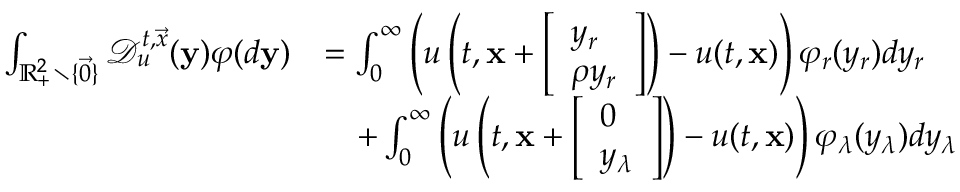
\begin{array} { r l } { \int _ { { \mathbb R } _ { + } ^ { 2 } \setminus \{ \vec { 0 } \} } \mathcal { D } _ { u } ^ { t , \vec { x } } ( \mathbf { y } ) \varphi ( d \mathbf { y } ) } & { = \int _ { 0 } ^ { \infty } \left( u \left( t , \mathbf { x } + \left[ \begin{array} { l } { y _ { r } } \\ { \rho y _ { r } } \end{array} \right] \right) - u ( t , \mathbf { x } ) \right) \varphi _ { r } ( y _ { r } ) d y _ { r } } \\ & { \ \ \ + \int _ { 0 } ^ { \infty } \left( u \left( t , \mathbf { x } + \left[ \begin{array} { l } { 0 } \\ { y _ { \lambda } } \end{array} \right] \right) - u ( t , \mathbf { x } ) \right) \varphi _ { \lambda } ( y _ { \lambda } ) d y _ { \lambda } } \end{array}